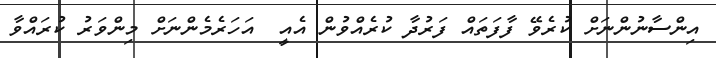
އިންސާނުންނަށް ކުރެވޭ ފާފަތައް ފަރުދާ ކުރެއްވުން އެއީ  އަަހަރެމެންނަށް މިންވަރު ކުރައްވާ